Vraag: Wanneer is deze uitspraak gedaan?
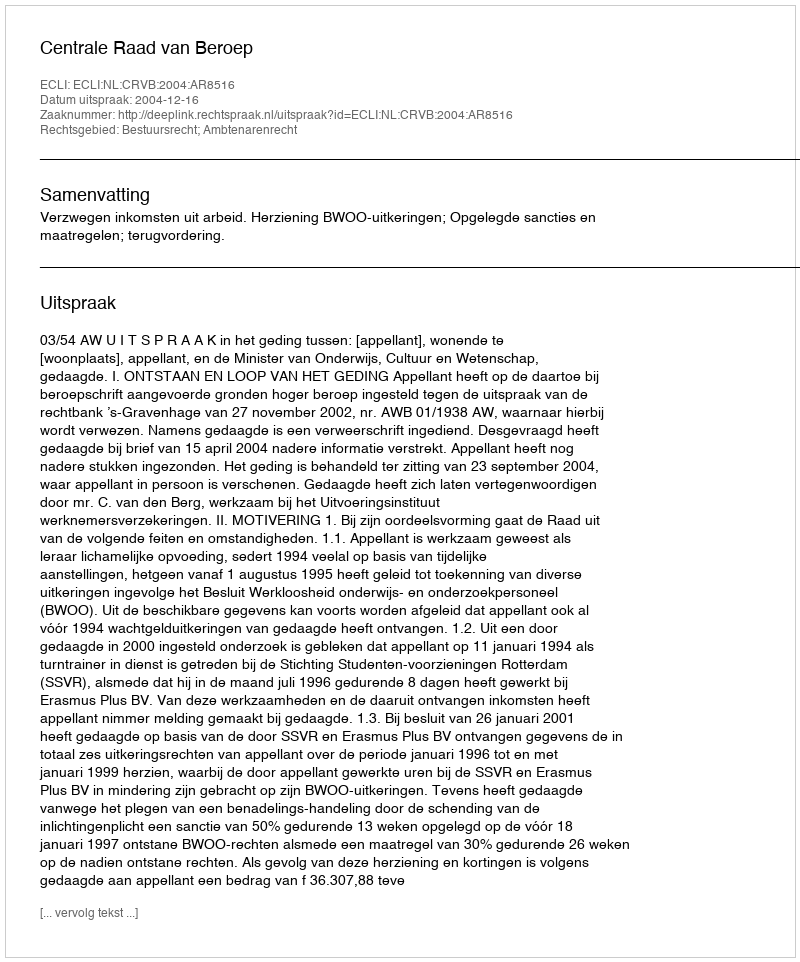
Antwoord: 2004-12-16